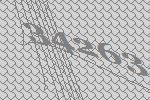
34263